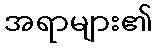
အရာများ၏